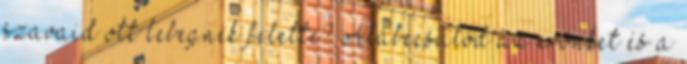
szavaid ott lebegnek felette? Alábecsülöd az erőnket és a